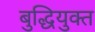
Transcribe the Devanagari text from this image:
बुद्धियुक्‍त